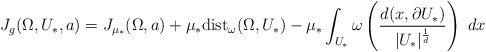
\begin{align*} J_g(\Omega,U_*,a) = J_{\mu_*}(\Omega,a) + \mu_*\textup{dist}_\omega(\Omega,U_*)- \mu_*\int_{U_*} \omega\left(\frac{d(x,\partial U_*)}{|U_*|^{\frac{1}{d}}}\right) \ dx \end{align*}